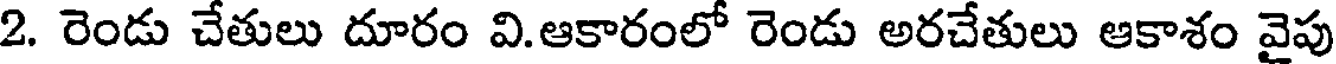
2. రెండు చేతులు దూరం వి.ఆకారంలో రెండు అరచేతులు ఆకాశం వైపు